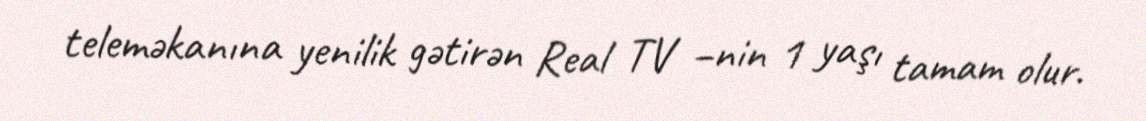
teleməkanına yenilik gətirən Real TV –nin 1 yaşı tamam olur.